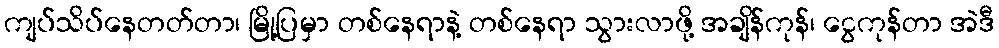
ကျပ်သိပ်နေတတ်တာ၊ မြို့ပြမှာ တစ်နေရာနဲ့ တစ်နေရာ သွားလာဖို့ အချိန်ကုန်၊ ငွေကုန်တာ အဲဒီ